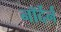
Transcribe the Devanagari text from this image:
नॉर्देर्न